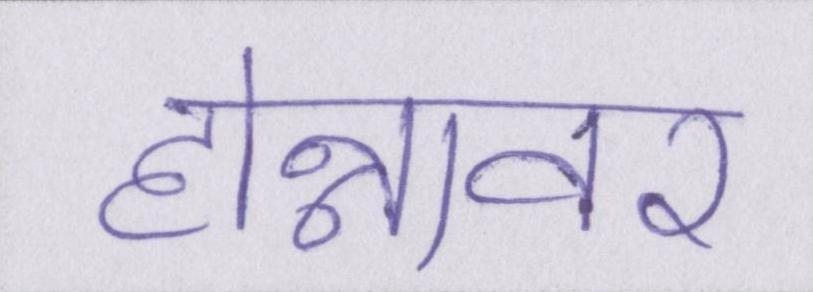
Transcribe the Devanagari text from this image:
होन्नावर